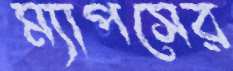
ম্যাপসের